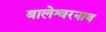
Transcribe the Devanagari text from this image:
बालेश्वरनाथ